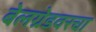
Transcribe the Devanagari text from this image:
बेलग्रेडवरचा